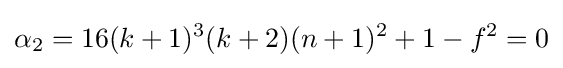
\alpha _{2}=16(k+1)^{3}(k+2)(n+1)^{2}+1-f^{2}=0